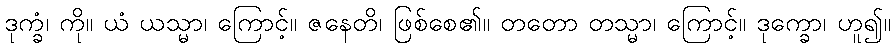
ဒုက္ခံ၊ ကို။ ယံ ယသ္မာ၊ ကြောင့်။ ဇနေတိ၊ ဖြစ်စေ၏။ တတော တသ္မာ၊ ကြောင့်။ ဒုက္ခော၊ ဟူ၍။